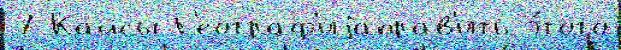
7 Кайсы Г'еограф'иjаправ'ить э́того